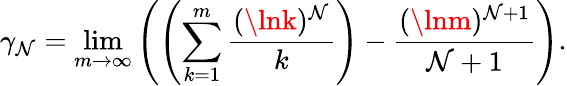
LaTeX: \gamma_{\mathcal{N}}=\operatorname*{lim}_{m\rightarrow\infty}{\left(\left(\sum_{k=1}^{m}{\frac{{(\lnk)^{\mathcal{N}}}}{{k}}}\right)-{\frac{{(\lnm)^{\mathcal{N}+1}}}{{\mathcal{N}+1}}}\right)}.